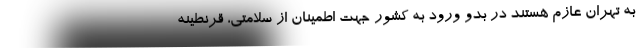
به تهران عازم هستند در بدو ورود به کشور جهت اطمینان از سلامتی، قرنطینه